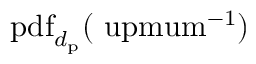
\mathrm { p d f } _ { d _ { \mathrm { p } } } ( \mathrm { \ u p m u m ^ { - 1 } ) }